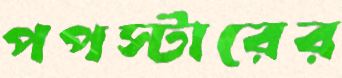
পপস্টারের